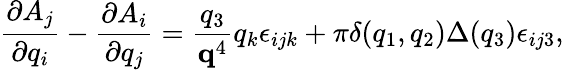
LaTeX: \frac{\partial A_{j}}{\partial q_{i}}-\frac{\partial A_{i}}{\partial q_{j}}=\frac{q_{3}}{{\mathbf q}^{4}}q_{k}\epsilon_{ijk}+\pi\delta(q_{1},q_{2})\Delta(q_{3})\epsilon_{ij3},